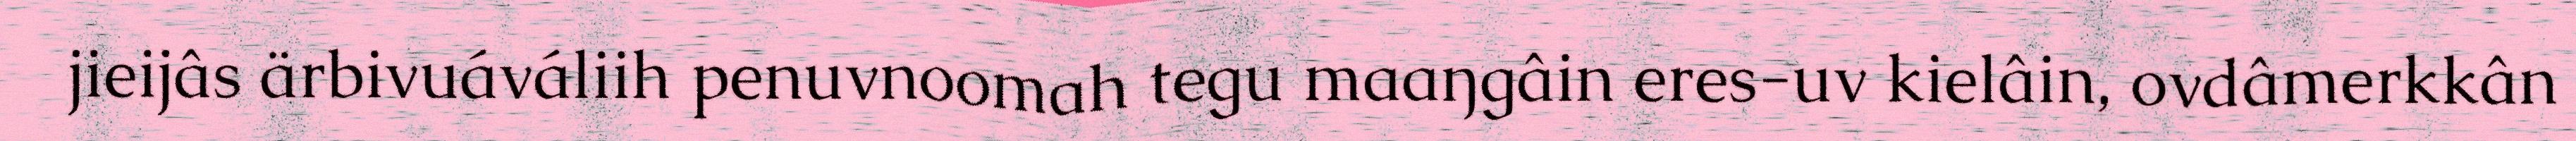
jieijâs ärbivuáváliih penuvnoomah tegu maaŋgâin eres-uv kielâin, ovdâmerkkân